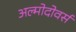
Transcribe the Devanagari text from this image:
अल्मोदोवर्स